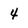
Character: 4